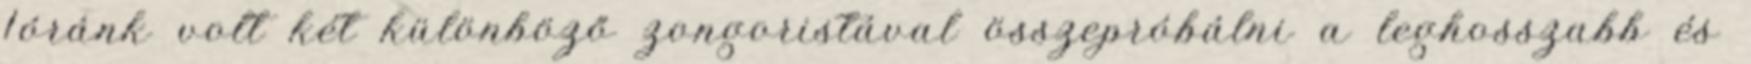
1óránk volt két különböző zongoristával összepróbálni a leghosszabb és